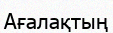
Ағалақтың